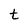
Character: t